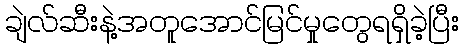
ချဲလ်ဆီးနဲ့အတူအောင်မြင်မှုတွေရရှိခဲ့ပြီး